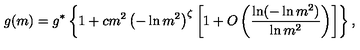
g ( m ) = g ^ { * } \left\{ 1 + c m ^ { 2 } \left( - \ln m ^ { 2 } \right) ^ { \zeta } \left[ 1 + O \left( { \frac { \ln ( - \ln m ^ { 2 } ) } { \ln m ^ { 2 } } } \right) \right] \right\} ,